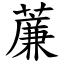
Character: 薕